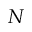
N